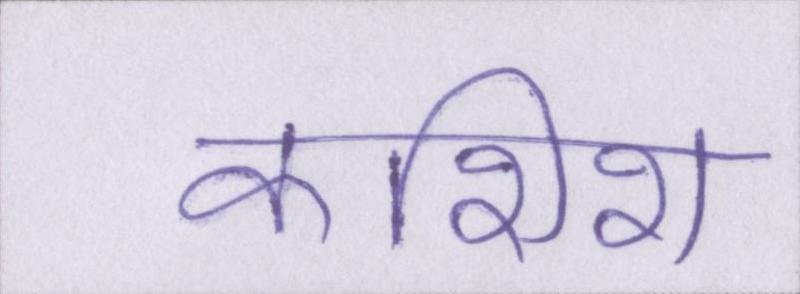
कशिश